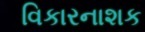
વિકારનાશક